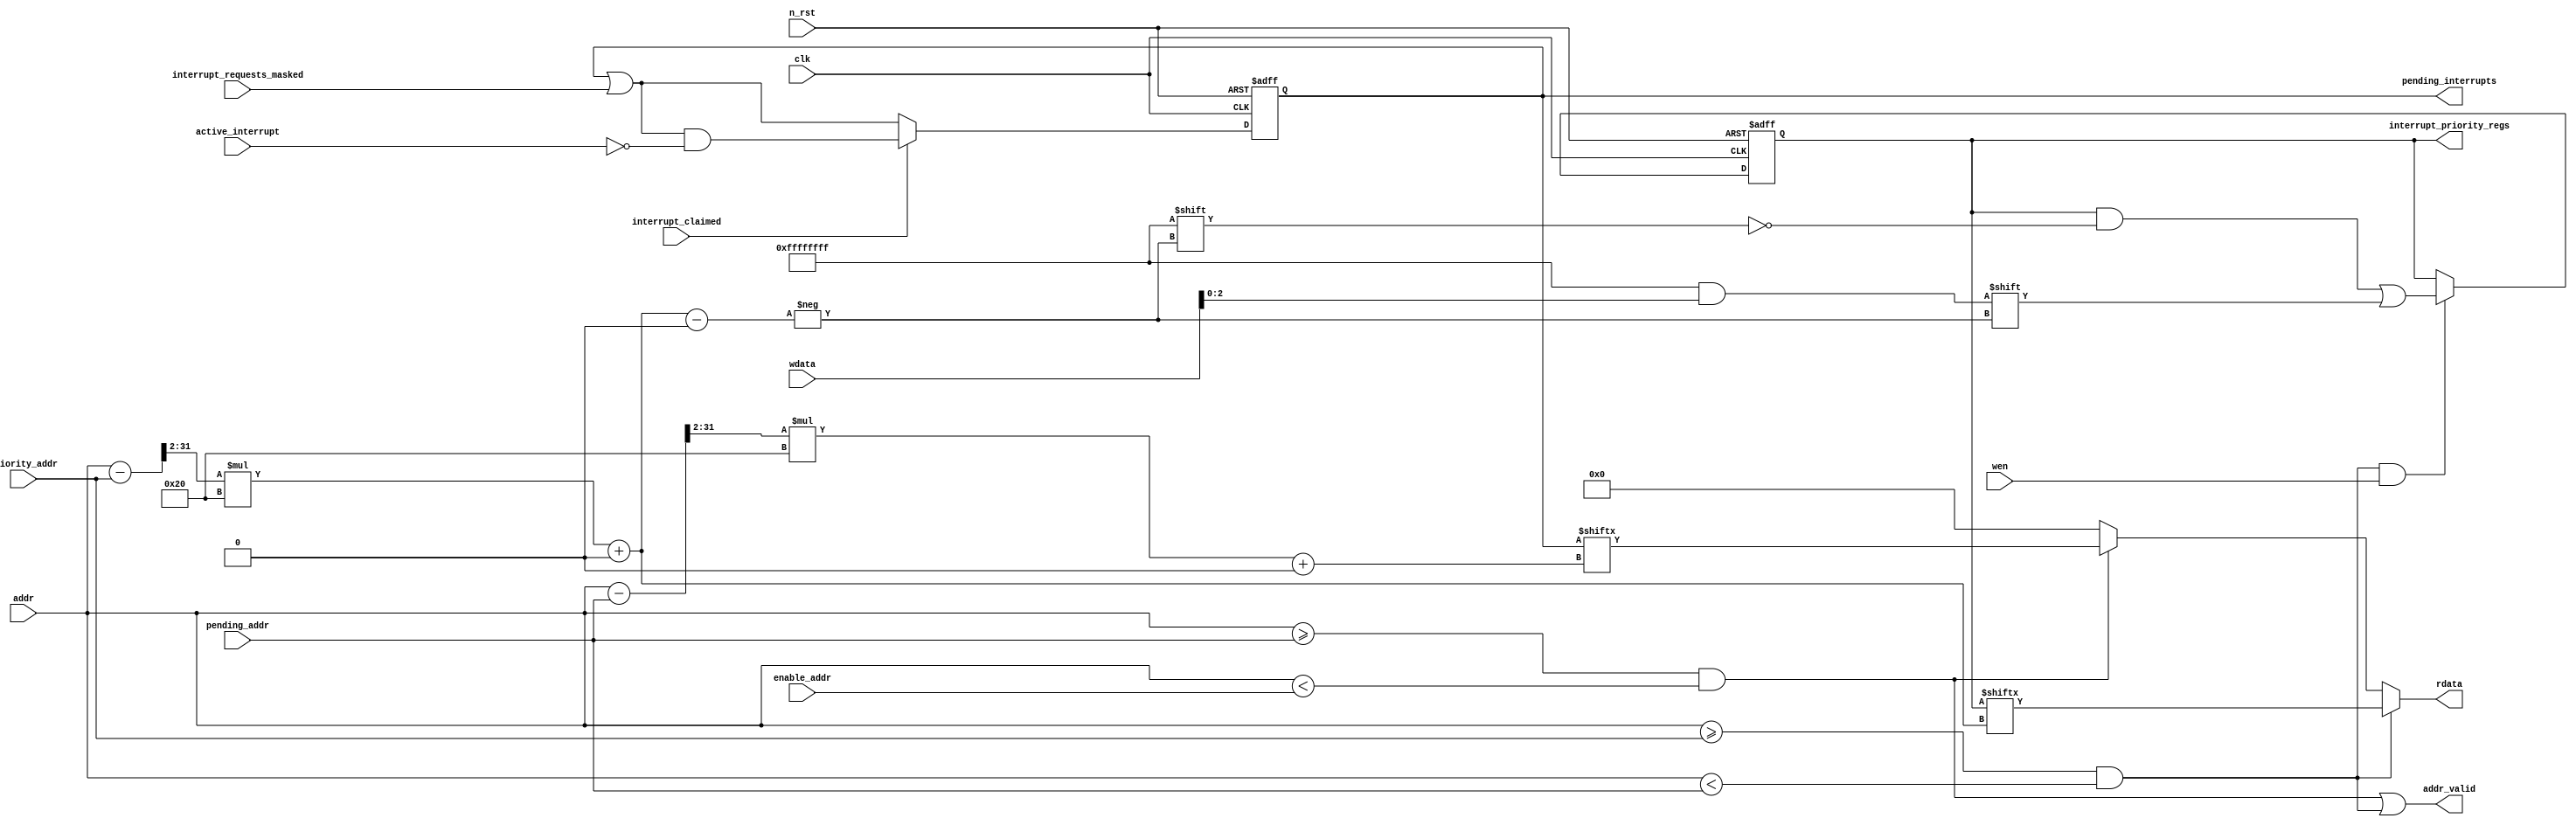
module interrupt_pending_priority_registers (
	clk,
	n_rst,
	interrupt_requests_masked,
	pending_interrupts,
	interrupt_priority_regs,
	active_interrupt,
	interrupt_claimed,
	priority_addr,
	pending_addr,
	enable_addr,
	addr,
	wen,
	rdata,
	wdata,
	addr_valid
);
	parameter N_interrupts = 32;
	input wire clk;
	input wire n_rst;
	input wire [N_interrupts - 1:0] interrupt_requests_masked;
	output wire [N_interrupts - 1:0] pending_interrupts;
	output reg [(N_interrupts * 32) - 1:0] interrupt_priority_regs;
	input wire [N_interrupts - 1:0] active_interrupt;
	input wire interrupt_claimed;
	input wire [31:0] priority_addr;
	input wire [31:0] pending_addr;
	input wire [31:0] enable_addr;
	input wire [31:0] addr;
	input wire wen;
	output reg [31:0] rdata;
	input wire [31:0] wdata;
	output wire addr_valid;
	reg [(((N_interrupts - 1) >> 5) >= 0 ? ((((N_interrupts - 1) >> 5) + 1) * 32) - 1 : ((1 - ((N_interrupts - 1) >> 5)) * 32) + ((((N_interrupts - 1) >> 5) * 32) - 1)):(((N_interrupts - 1) >> 5) >= 0 ? 0 : ((N_interrupts - 1) >> 5) * 32)] interrupt_pending_regs;
	reg [(((N_interrupts - 1) >> 5) >= 0 ? ((((N_interrupts - 1) >> 5) + 1) * 32) - 1 : ((1 - ((N_interrupts - 1) >> 5)) * 32) + ((((N_interrupts - 1) >> 5) * 32) - 1)):(((N_interrupts - 1) >> 5) >= 0 ? 0 : ((N_interrupts - 1) >> 5) * 32)] interrupt_pending_regs_n;
	reg [(N_interrupts * 32) - 1:0] interrupt_priority_regs_n;
	wire [31:0] addr_shifted_pending;
	wire [31:0] addr_shifted_priority;
	wire addr_valid_interrupt_pending;
	wire addr_valid_priority;
	assign addr_shifted_pending = addr - pending_addr;
	assign addr_shifted_priority = addr - priority_addr;
	assign addr_valid_interrupt_pending = (addr >= pending_addr) && (addr < enable_addr);
	assign addr_valid_priority = (addr >= priority_addr) && (addr < pending_addr);
	assign addr_valid = addr_valid_interrupt_pending || addr_valid_priority;
	genvar i;
	generate
		for (i = 0; i < (((N_interrupts - 1) >> 5) >= 0 ? ((N_interrupts - 1) >> 5) + 1 : 1 - ((N_interrupts - 1) >> 5)); i = i + 1) if (i == ((((N_interrupts - 1) >> 5) >= 0 ? ((N_interrupts - 1) >> 5) + 1 : 1 - ((N_interrupts - 1) >> 5)) - 1)) begin
			assign pending_interrupts[N_interrupts - 1:32 * i] = interrupt_pending_regs[(((N_interrupts - 1) >> 5) >= 0 ? i : ((N_interrupts - 1) >> 5) - i) * 32+:32];
		end
		else assign pending_interrupts[(32 * i) + 31:32 * i] = interrupt_pending_regs[(((N_interrupts - 1) >> 5) >= 0 ? i : ((N_interrupts - 1) >> 5) - i) * 32+:32];
	endgenerate
	always @(*) begin
		interrupt_pending_regs_n = interrupt_pending_regs | interrupt_requests_masked;
		if (interrupt_claimed == 1'b1)
			interrupt_pending_regs_n = (interrupt_pending_regs | interrupt_requests_masked) & ~active_interrupt;
	end
	always @(posedge clk or negedge n_rst)
		if (n_rst == 'b0) begin
			interrupt_pending_regs <= 'b0;
			interrupt_priority_regs <= 'b0;
		end
		else begin
			interrupt_pending_regs <= interrupt_pending_regs_n;
			interrupt_priority_regs <= interrupt_priority_regs_n;
		end
	always @(*) begin
		interrupt_priority_regs_n = interrupt_priority_regs;
		if (addr_valid_priority && wen)
			interrupt_priority_regs_n[(addr_shifted_priority >> 2) * 32+:32] = {29'b00000000000000000000000000000, wdata[2:0]};
	end
	always @(*)
		if (addr_valid_priority)
			rdata = interrupt_priority_regs[(addr_shifted_priority >> 2) * 32+:32];
		else if (addr_valid_interrupt_pending)
			rdata = interrupt_pending_regs[(((N_interrupts - 1) >> 5) >= 0 ? addr_shifted_pending >> 2 : ((N_interrupts - 1) >> 5) - (addr_shifted_pending >> 2)) * 32+:32];
		else
			rdata = 32'b00000000000000000000000000000000;
endmodule